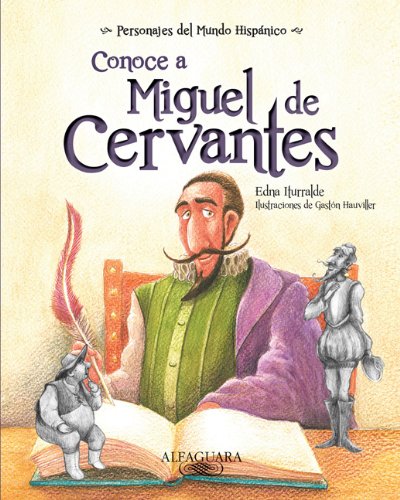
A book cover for Conoce a Miguel de Cervantes / Get to know Miguel de Cervantes (Personajes Del Mundo Hispanico / Important Figures of the Hispanic World) (Spanish ... Figures of the Hispanic World (Spanish)); Edna Iturralde; Teen & Young Adult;